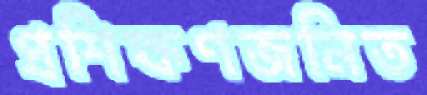
প্রশিক্ষণজনিত